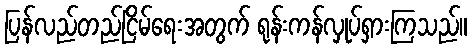
ပြန်လည်တည်ငြိမ်ရေးအတွက် ရုန်းကန်လှုပ်ရှားကြသည်။